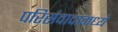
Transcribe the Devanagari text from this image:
परिसंवादामध्ये